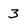
Character: 3